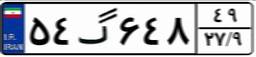
۵۴گ۶۴۸۴۹